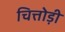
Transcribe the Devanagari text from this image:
चित्तोड़ी